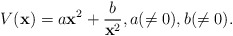
\begin{align*}V(\textbf{x})=a{\textbf{x}}^2+\frac{b}{{\textbf{x}}^2},a(\neq 0),b(\neq 0).\end{align*}